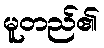
မူတည်၏